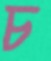
চ